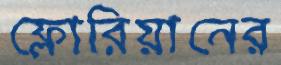
ফ্লোরিয়ানের